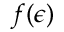
f ( \epsilon )